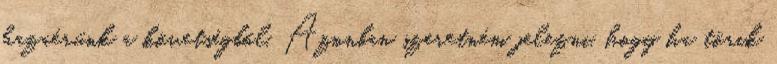
hazaérünk a követségből. Azonban szeretném jelezni, hogy ha törik